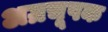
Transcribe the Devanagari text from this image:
अग्रचूषक